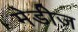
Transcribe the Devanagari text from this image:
मेडीज